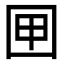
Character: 㘡